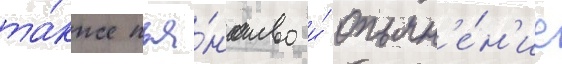
та́кже пья́нство и́ опьян'е́н'ие